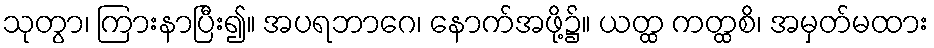
သုတွာ၊ ကြားနာပြီး၍။ အပရဘာဂေ၊ နောက်အဖို့၌။ ယတ္ထ ကတ္ထစိ၊ အမှတ်မထား